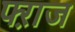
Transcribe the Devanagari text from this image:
फ्ऱाज